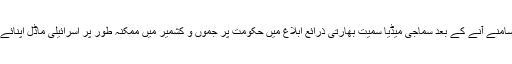
بھارتی قونصل جنرل کی ویڈیو سامنے آنے کے بعد سماجی میڈیا سمیت بھارتی ذرائع ابلاغ میں حکومت پر جموں و کشمیر میں ممکنہ طور پر اسرائیلی ماڈل اپنائے جانے پر شدید تنقید سامنے آئی۔